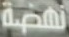
نهضة